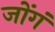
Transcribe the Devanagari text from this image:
जोंगं